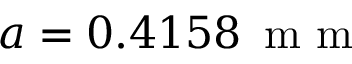
a = 0 . 4 1 5 8 \, \mathrm { ~ m ~ m ~ }